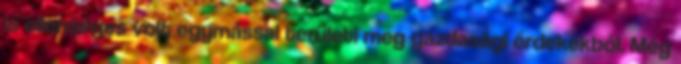
is ellenséges volt egymással területi meg gazdasági érdekekből. Még